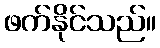
ဖက်နိုင်သည်။